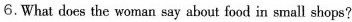
6.What does the woman say about food in small shops?